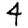
Digit: 4